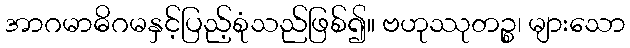
အာဂမာဓိဂမနှင့်ပြည့်စုံသည်ဖြစ်၍။ ဗဟုဿုတဉ္စ၊ များသော